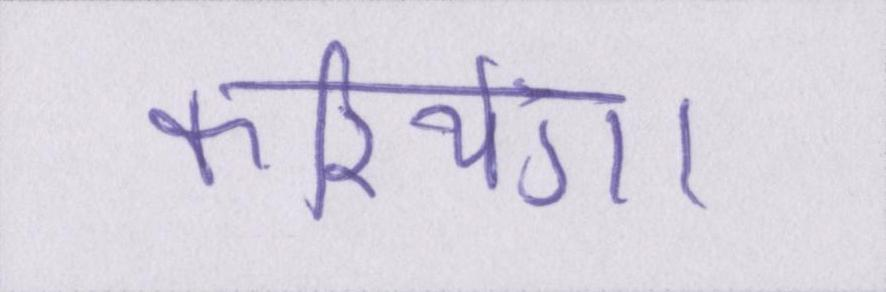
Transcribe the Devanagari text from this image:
करियेगा